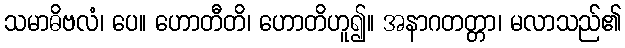
သမာဓိဗလံ၊ ပေ။ ဟောတီတိ၊ ဟောတိဟူ၍။ အနာဂတတ္တာ၊ မလာသည်၏